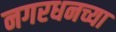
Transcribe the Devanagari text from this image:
नगरधनच्या